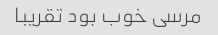
مرسی خوب بود تقریبا